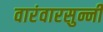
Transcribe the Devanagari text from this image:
वारंवारसुन्नी